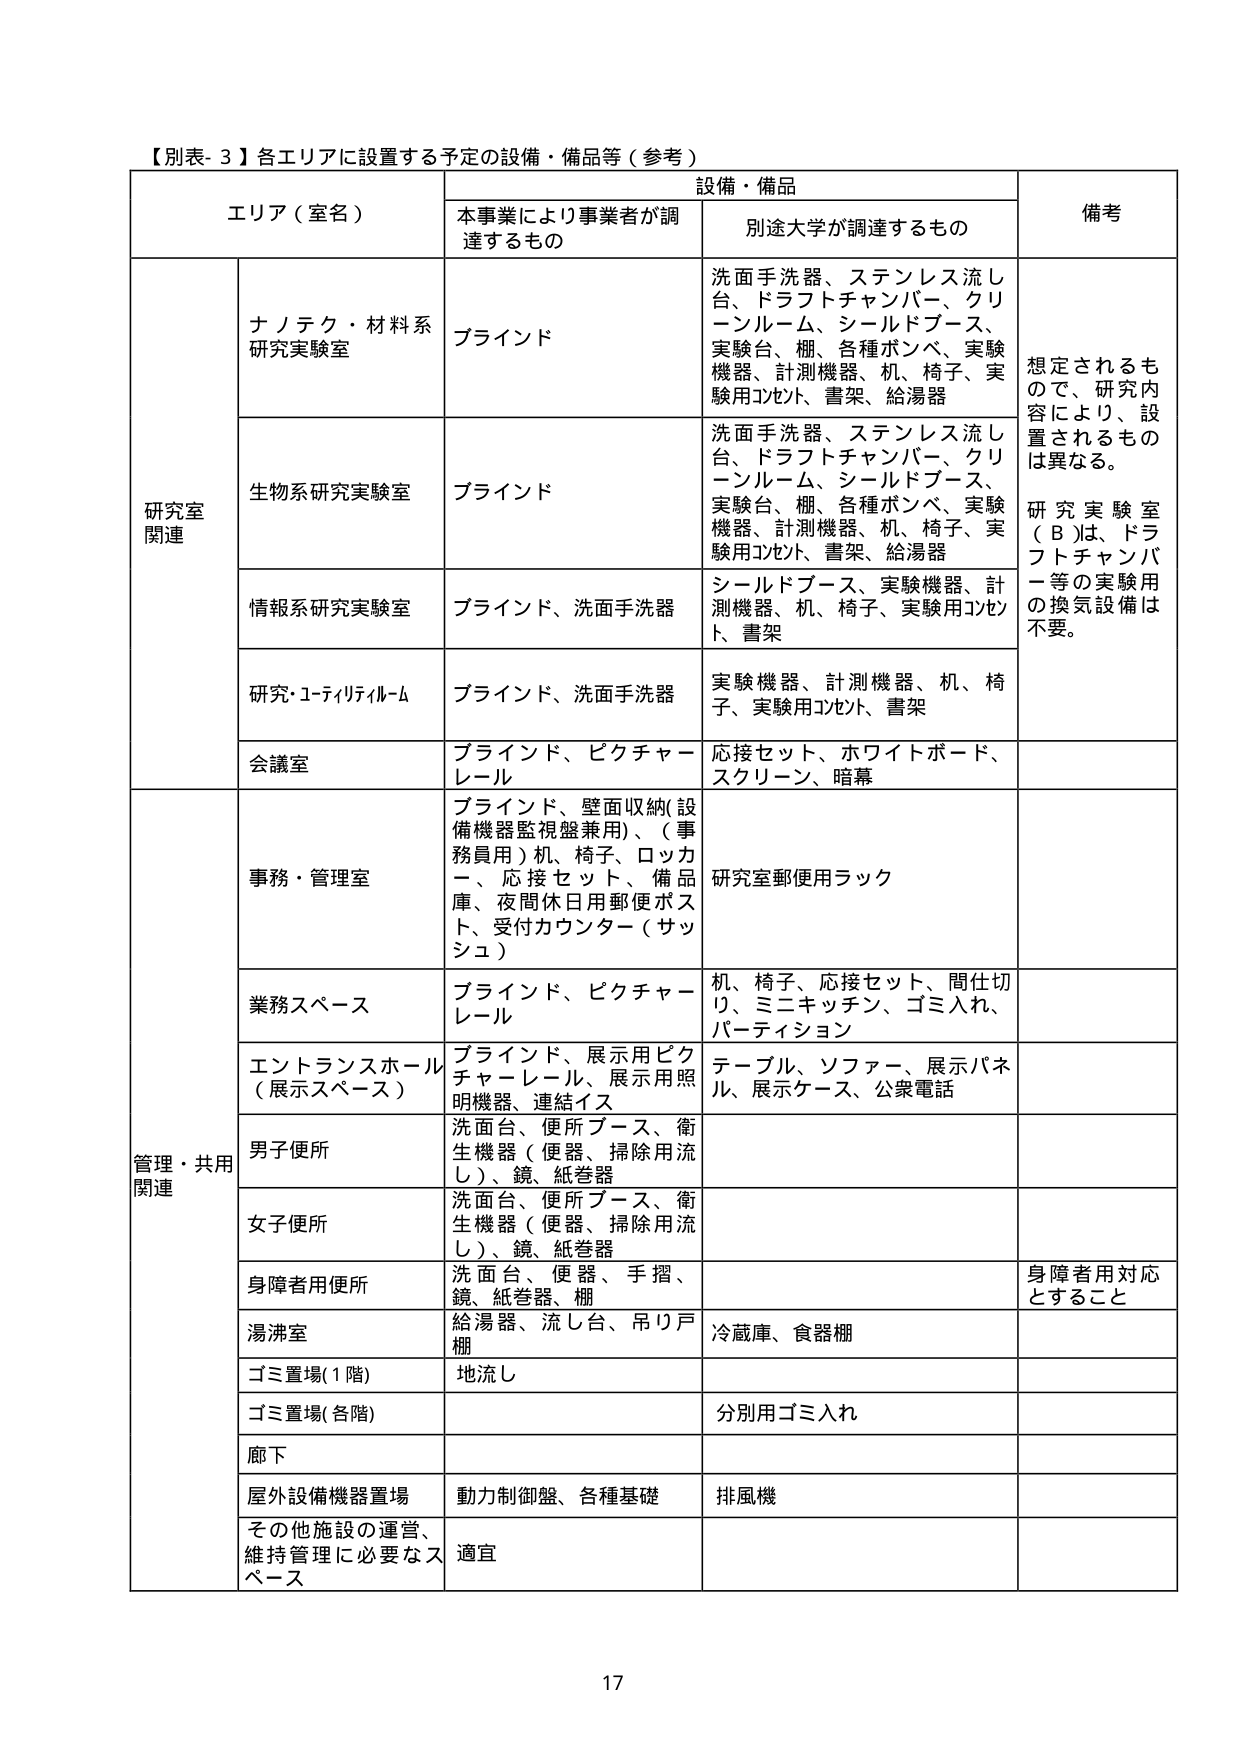
【別表- 3】各エリアに設置する予定の設備・備品等（参考）

エリア（室名）